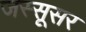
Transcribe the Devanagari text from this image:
जस्सूसर